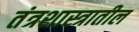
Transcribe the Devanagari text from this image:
तंत्रशास्त्रातील